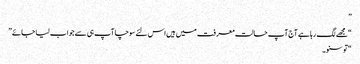
”
“مجھے لگ رہا ہے آج آپ حالت معرفت میں ہیں اس لئے سوچا آپ ہی سے جواب لیا جائے”
“تو سنو۔